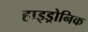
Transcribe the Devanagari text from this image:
हाइड्रोनिक